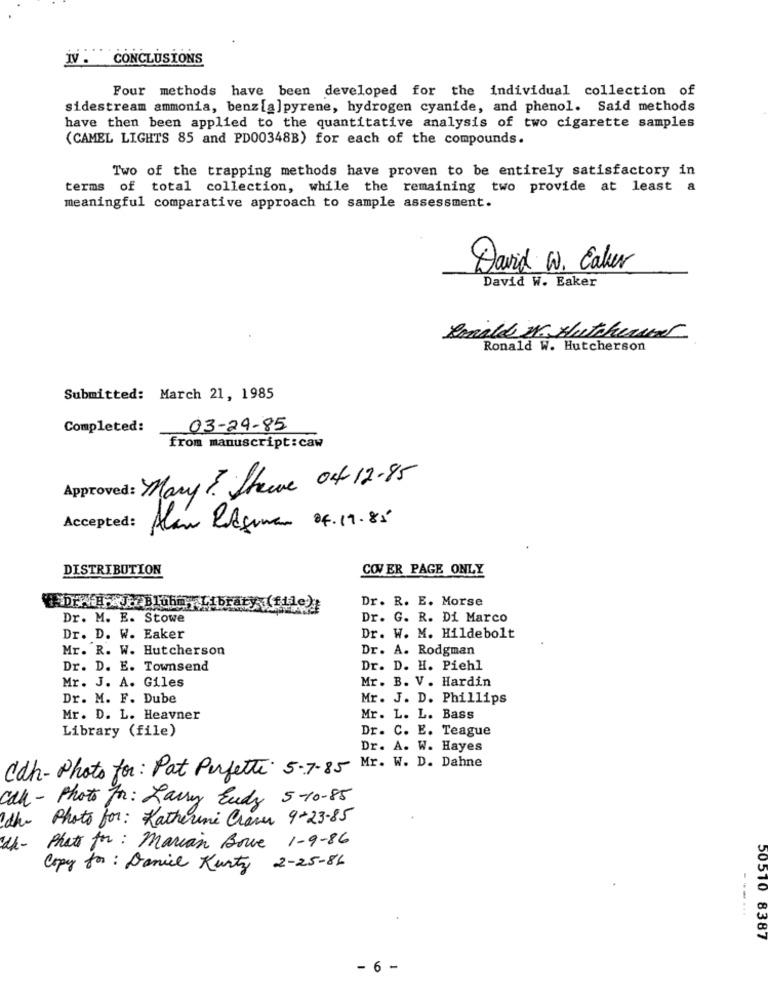
IV . CONCLUSIONS
Four methods have been developed for the individual collection of
sidestream ammonia, benz[a]pyrene, hydrogen cyanide, and phenol. Said methods
have then been applied to the quantitative analysis of two cigarette samples
(CAMEL LIGHTS 85 and PD00348B) for each of the compounds.
Two of the trapping methods have proven to be entirely satisfactory in
terms of total collection, while the remaining two provide at least a
meaningful comparative approach to sample assessment.
David W. Ealer
David W. Eaker
Ronald W. Huthemac
Ronald W. Hutcherson
Submitted: March 21, 1985
Completed:
03-24-85
from manuscript: caw
Approved: Many? Strive Out 12-85
Accepted:
Alan Resumen 04.19.85
DISTRIBUTION
COVER PAGE ONLY
DIE AJOBluhm -Librar
Dr. R. E. Morse
Dr. M. E. Stowe
Dr. G. R. Di Marco
Dr. D. W. Eaker
Dr. W. M. Hildebolt
Mr. R. W. Hutcherson
Dr. A. Rodgman
Dr. D. E. Townsend
Dr. D. H. Piehl
Mr. J. A. Giles
Mr. B. V. Hardin
Dr. M. F. Dube
Mr. J. D. Phillips
Mr. D. L. Heavner
Mr. L. L. Bass
Library (file)
Dr. C. E. Teague
Dr. A. W. Hayes
Mr. W. D. Dahne
Cdh-Photo for: Pat Perfetti 5-7-85
Call - Photo For: Larry Endy 5-10-85
Photo for : Katherine Clave 9-23-85
Phate for: Marian Bore 1-9-86
Copy for : Daniel Kurty 2-25-86
... ...
50510 8387
- 6 -